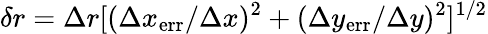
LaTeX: \delta{r}=\Delta{r}[(\Delta{x}_{\mathrm{err}}/\Delta{x})^{2}+(\Delta{y}_{\mathrm{err}}/\Delta{y})^{2}]^{1/2}